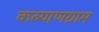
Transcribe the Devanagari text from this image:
कल्याणग्राम